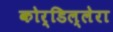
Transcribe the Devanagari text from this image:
कोर्डिल्लेरा